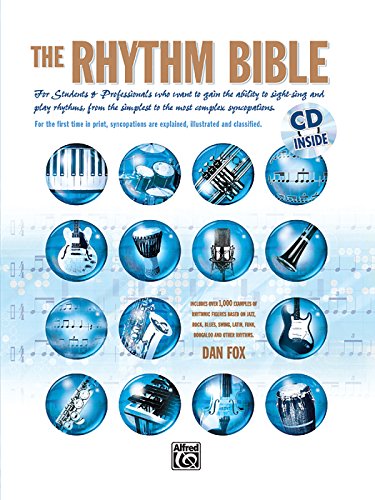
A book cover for The Rhythm Bible (Book & CD); Dan Fox; Arts & Photography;